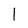
Character: 1